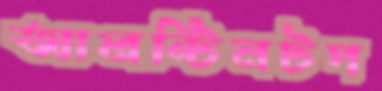
আলন্টিনটপ